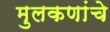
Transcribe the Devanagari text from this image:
मुलकणांचे